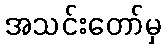
အသင်းတော်မှ